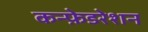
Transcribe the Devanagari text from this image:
कन्फ़ेडरेशन